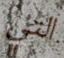
التي